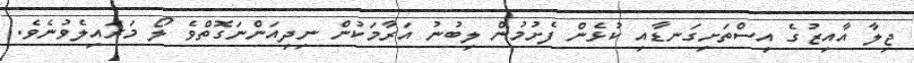
ޖިލާ އާއިޒުގެ އިސްތަށިގަނޑާއި ކުޅެން ފެށުމުން ލިބުނު އަރާމަކުން ނިދިއަންނަގޮތްވެ ލޯ މަރައިލެވުނެވެ.